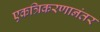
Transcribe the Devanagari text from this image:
एकत्रिकरणानंतर